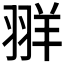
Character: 𫅧